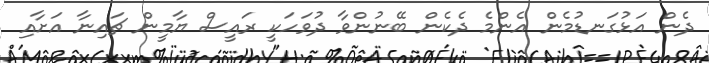
ދެން އަޅުގަނޑުމެން އެންމެ ދެކެން ބޭނުންވާ ދުވަހަކީ ރައީސް ޔާމީން ޗައިނާ އަށާއި